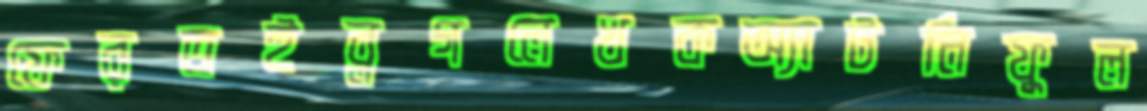
ফেরতইব্লগলেখকঅ্যাটর্নিফুল